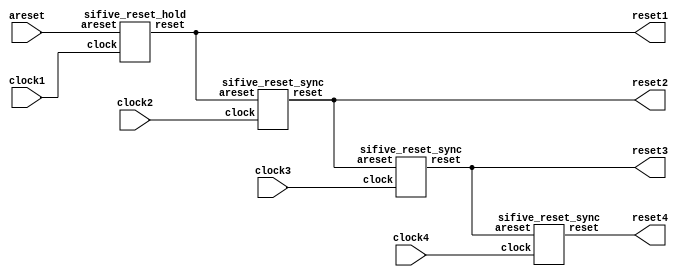
// See LICENSE for license details.
`timescale 1ns/1ps
`default_nettype none
`define RESET_SYNC 4
`define DEBOUNCE_BITS 8

module vc707reset(
  // Asynchronous reset input, should be held high until
  // all clocks are locked and power is stable.
  input  wire areset,
  // Clock domains are brought up in increasing order
  // All clocks are reset for at least 2^DEBOUNCE_BITS * period(clock1)
  input  wire clock1,
  output wire reset1,
  input  wire clock2,
  output wire reset2,
  input  wire clock3,
  output wire reset3,
  input  wire clock4,
  output wire reset4
);
  sifive_reset_hold hold_clock0(areset, clock1, reset1);
  sifive_reset_sync sync_clock2(reset1, clock2, reset2);
  sifive_reset_sync sync_clock3(reset2, clock3, reset3);
  sifive_reset_sync sync_clock4(reset3, clock4, reset4);
endmodule

// Assumes that areset is held for more than one clock
// Allows areset to be deasserted asynchronously
module sifive_reset_sync(
  input  wire areset,
  input  wire clock,
  output wire reset
);
  reg [`RESET_SYNC-1:0] gen_reset = {`RESET_SYNC{1'b1}};
  always @(posedge clock, posedge areset) begin
    if (areset) begin
      gen_reset <= {`RESET_SYNC{1'b1}};
    end else begin
      gen_reset <= {1'b0,gen_reset[`RESET_SYNC-1:1]};
    end
  end
  assign reset = gen_reset[0];
endmodule

module sifive_reset_hold(
  input  wire areset,
  input  wire clock,
  output wire reset
);
  wire raw_reset;
  reg [`RESET_SYNC-1:0] sync_reset = {`RESET_SYNC{1'b1}};
  reg [`DEBOUNCE_BITS:0] debounce_reset = {`DEBOUNCE_BITS{1'b1}};
  wire out_reset;

  // Captures reset even if clock is not running
  sifive_reset_sync capture(areset, clock, raw_reset);

  // Remove any glitches due to runt areset
  always @(posedge clock) begin
    sync_reset <= {raw_reset,sync_reset[`RESET_SYNC-1:1]};
  end

  // Debounce the reset
  assign out_reset = debounce_reset[`DEBOUNCE_BITS];
  always @(posedge clock) begin
    if (sync_reset[0]) begin
      debounce_reset <= {(`DEBOUNCE_BITS+1){1'b1}};
    end else begin
      debounce_reset <= debounce_reset - out_reset;
    end
  end

  assign reset = out_reset;

endmodule

`default_nettype wire